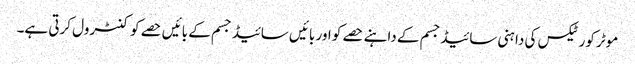
موٹر کورٹیکس کی دا ہنی سائیڈجسم کے داہنے حصے کو اور بائیں سائیڈ جسم کے بائیں حصے کو کنٹرول کرتی ہے۔